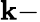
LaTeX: \mathbf{k}-